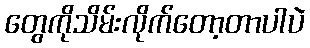
တွေကိုသိမ်းလိုက်တော့တာပါပဲ